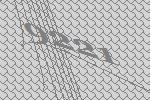
9221